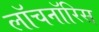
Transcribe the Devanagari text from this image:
लॉचनॉरिस